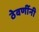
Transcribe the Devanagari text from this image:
ठेवणींनी